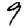
Digit: 9